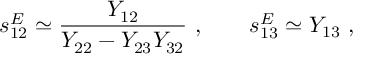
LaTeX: s _ { 1 2 } ^ { E } \simeq \frac { Y _ { 1 2 } } { Y _ { 2 2 } - Y _ { 2 3 } Y _ { 3 2 } } \ , \qquad s _ { 1 3 } ^ { E } \simeq Y _ { 1 3 } \ ,